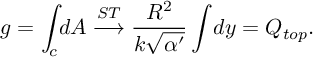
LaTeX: g = \int _ { c } \! d A \stackrel { S T } { \longrightarrow } \frac { R ^ { 2 } } { k \sqrt { \alpha ^ { \prime } } } \int \! d y = Q _ { t o p } .